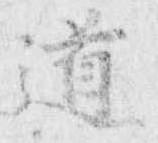
道